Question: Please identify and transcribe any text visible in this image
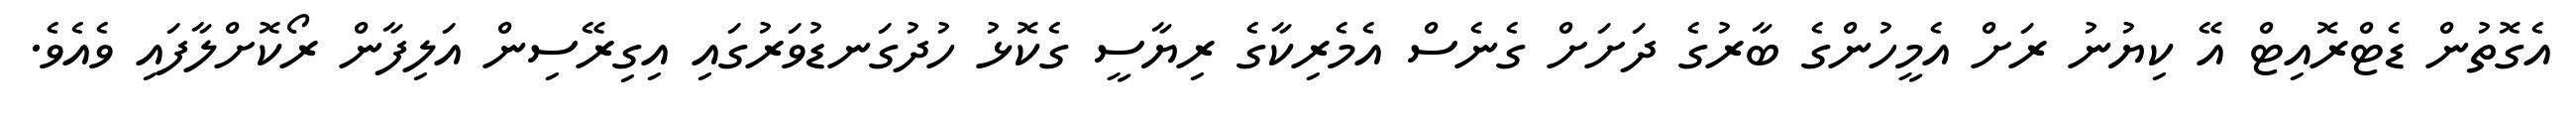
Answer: އެގޮތުން ޑެޓްރޮއިޓް އޭ ކިޔުނު ރަށް އެމީހުންގެ ބާރުގެ ދަށަށް ގެނެސް އެމެރިކާގެ ރިޔާސީ ގެކޮޅު ހުދުގަނޑުވަރުގައި އިގިރޭސިން އަލިފާން ރޯކޮށްލާފައި ވެއެވެ.